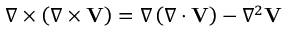
\nabla \times \left( \nabla \times \mathbf { V } \right) = \nabla \left( \nabla \cdot \mathbf { V } \right) - \nabla ^ { 2 } \mathbf { V }